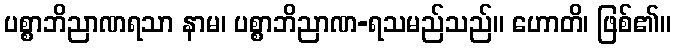
ပစ္စာဘိညာဏရသာ နာမ၊ ပစ္စာဘိညာဏ-ရသမည်သည်။ ဟောတိ၊ ဖြစ်၏။